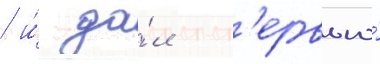
/ и́ да́л инт'ервью́